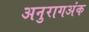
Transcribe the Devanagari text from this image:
अनुरागअंक